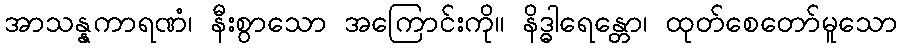
အာသန္နကာရဏံ၊ နီးစွာသော အကြောင်းကို။ နိဒ္ဓါရေန္တော၊ ထုတ်စေတော်မူသော